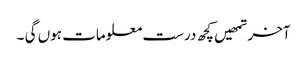
آخر تمھیں کچھ درست معلومات ہوں گی ۔